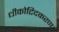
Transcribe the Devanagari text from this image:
धीकोटिदकरण